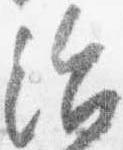
治